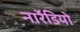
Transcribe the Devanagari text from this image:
नार्रेडियो